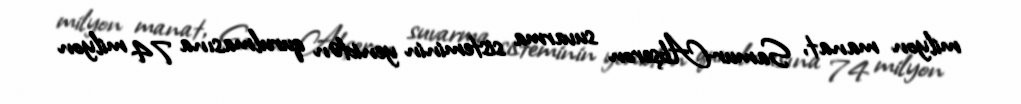
milyon manat, Samur-Abşeron suvarma sisteminin yenidən qurulmasına 74 milyon